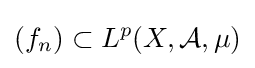
(f_{n})\subset L^{p}(X,{\mathcal {A}},\mu )